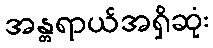
အန္တရာယ်အရှိဆုံး